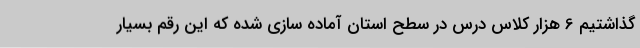
گذاشتیم 6 هزار کلاس درس در سطح استان آماده سازی شده که این رقم بسیار